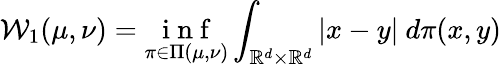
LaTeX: \mathcal{W}_{1}(\mu,\nu)=\underset{\pi\in\Pi(\mu,\nu)}{\mathrm{~i~n~f~}}\int_{\mathbb{R}^{d}\times\mathbb{R}^{d}}\left|x-y\right|\ d\pi(x,y)